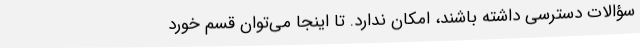
سؤالات دسترسی داشته باشند، امکان ندارد. تا اینجا می‌توان قسم خورد